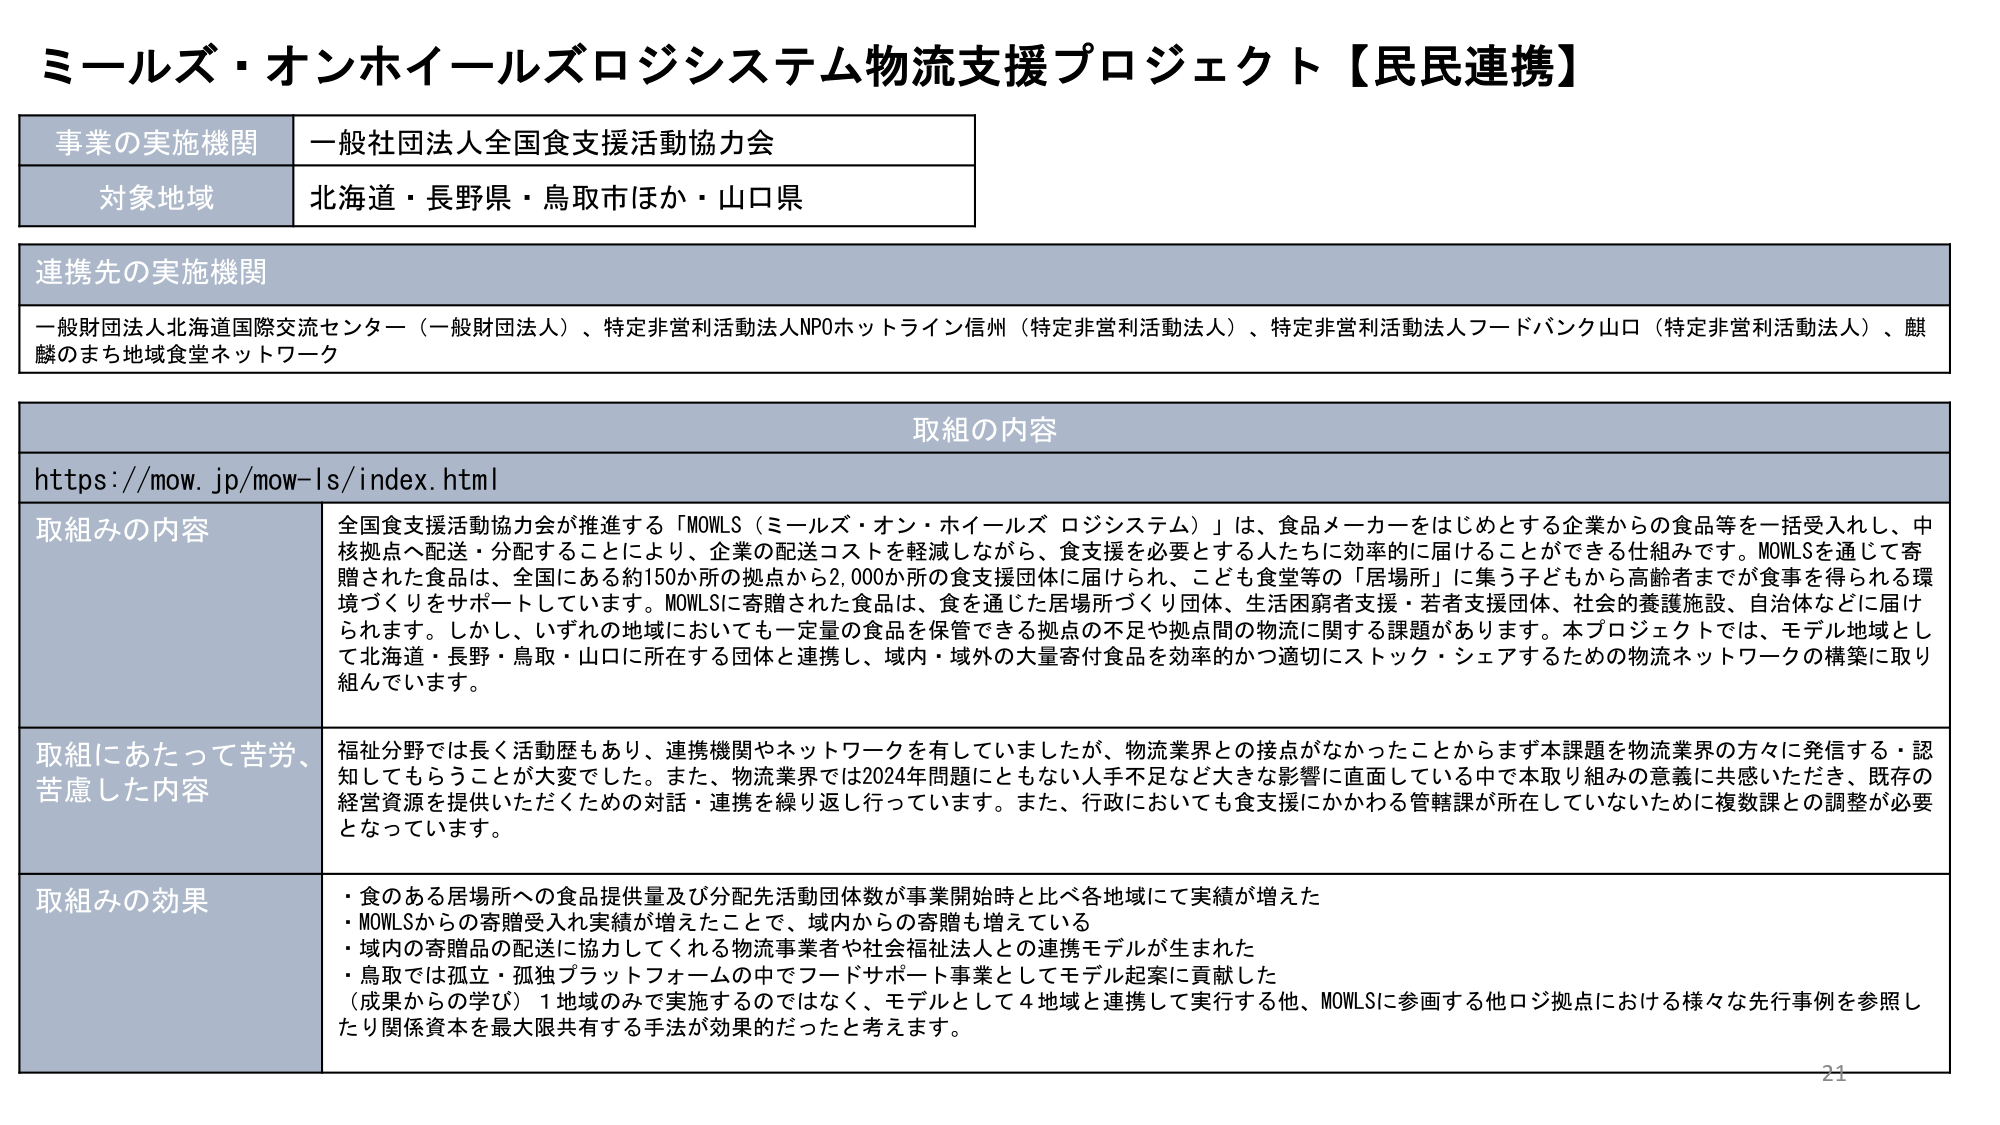
ミールズ・オンホイールズロジシステム物流支援プロジェクト【民民連携】

事業の実施機関　一般社団法人全国食支援活動協力会
対象地域　北海道・長野県・鳥取市ほか・山口県

連携先の実施機関
一般財団法人北海道国際交流センター（一般財団法人）、特定非営利活動法人NPOホットライン信州（特定非営利活動法人）、特定非営利活動法人フードバンク山口（特定非営利活動法人）、麒麟のまち地域食堂ネットワーク

取組の内容
https://mow.jp/mow-ls/index.html

取組みの内容
全国食支援活動協力会が推進する「MOWLS（ミールズ・オン・ホイールズ ロジシステム）」は、食品メーカーをはじめとする企業からの食品等を一括受入れし、中核拠点へ配送・分配することにより、企業の配送コストを軽減しながら、食支援を必要とする人たちに効率的に届けることができる仕組みです。MOWLSを通じて寄贈された食品は、全国にある約150か所の拠点から2,000か所の食支援団体に届けられ、こども食堂等の「居場所」に集う子どもから高齢者までが食事を得られる環境づくりをサポートしています。MOWLSに寄贈された食品は、食を通じた居場所づくり団体、生活困窮者支援・若者支援団体、社会的養護施設、自治体などに届けられます。しかし、いずれの地域においても一定量の食品を保管できる拠点の不足や拠点間の物流に関する課題があります。本プロジェクトでは、モデル地域として北海道・長野・鳥取・山口に所在する団体と連携し、域内・域外の大量寄付食品を効率的かつ適切にストック・シェアするための物流ネットワークの構築に取り組んでいます。

取組にあたって苦労、苦慮した内容
福祉分野では長く活動歴もあり、連携機関やネットワークを有していましたが、物流業界との接点がなかったことからまず本課題を物流業界の方々に発信する・認知してもらうことが大変でした。また、物流業界では2024年問題にともない人手不足など大きな影響に直面している中で本取り組みの意義に共感いただき、既存の経営資源を提供いただくための対話・連携を繰り返し行っています。また、行政においても食支援にかかわる管轄課が所在していないために複数課との調整が必要となっています。

取組みの効果
・食のある居場所への食品提供量及び分配先活動団体数が事業開始時と比べ各地域にて実績が増えた
・MOWLSからの寄贈受入れ実績が増えたことで、域内からの寄贈も増えている
・域内の寄贈品の配送に協力してくれる物流事業者や社会福祉法人との連携モデルが生まれた
・鳥取では孤立・孤独プラットフォームの中でフードサポート事業としてモデル起案に貢献した
（成果からの学び）1地域のみで実施するのではなく、モデルとして4地域と連携して実行する他、MOWLSに参画する他ロジ拠点における様々な先行事例を参照したり関係資本を最大限共有する手法が効果的だったと考えます。

21